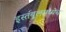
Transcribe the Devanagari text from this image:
इस्तंबूलमध्येच